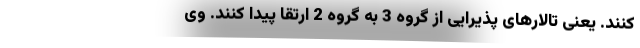
کنند. یعنی تالارهای پذیرایی از گروه 3 به گروه 2 ارتقا پیدا کنند. وی